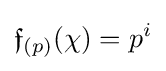
{\mathfrak {f}}_{(p)}(\chi )=p^{i}